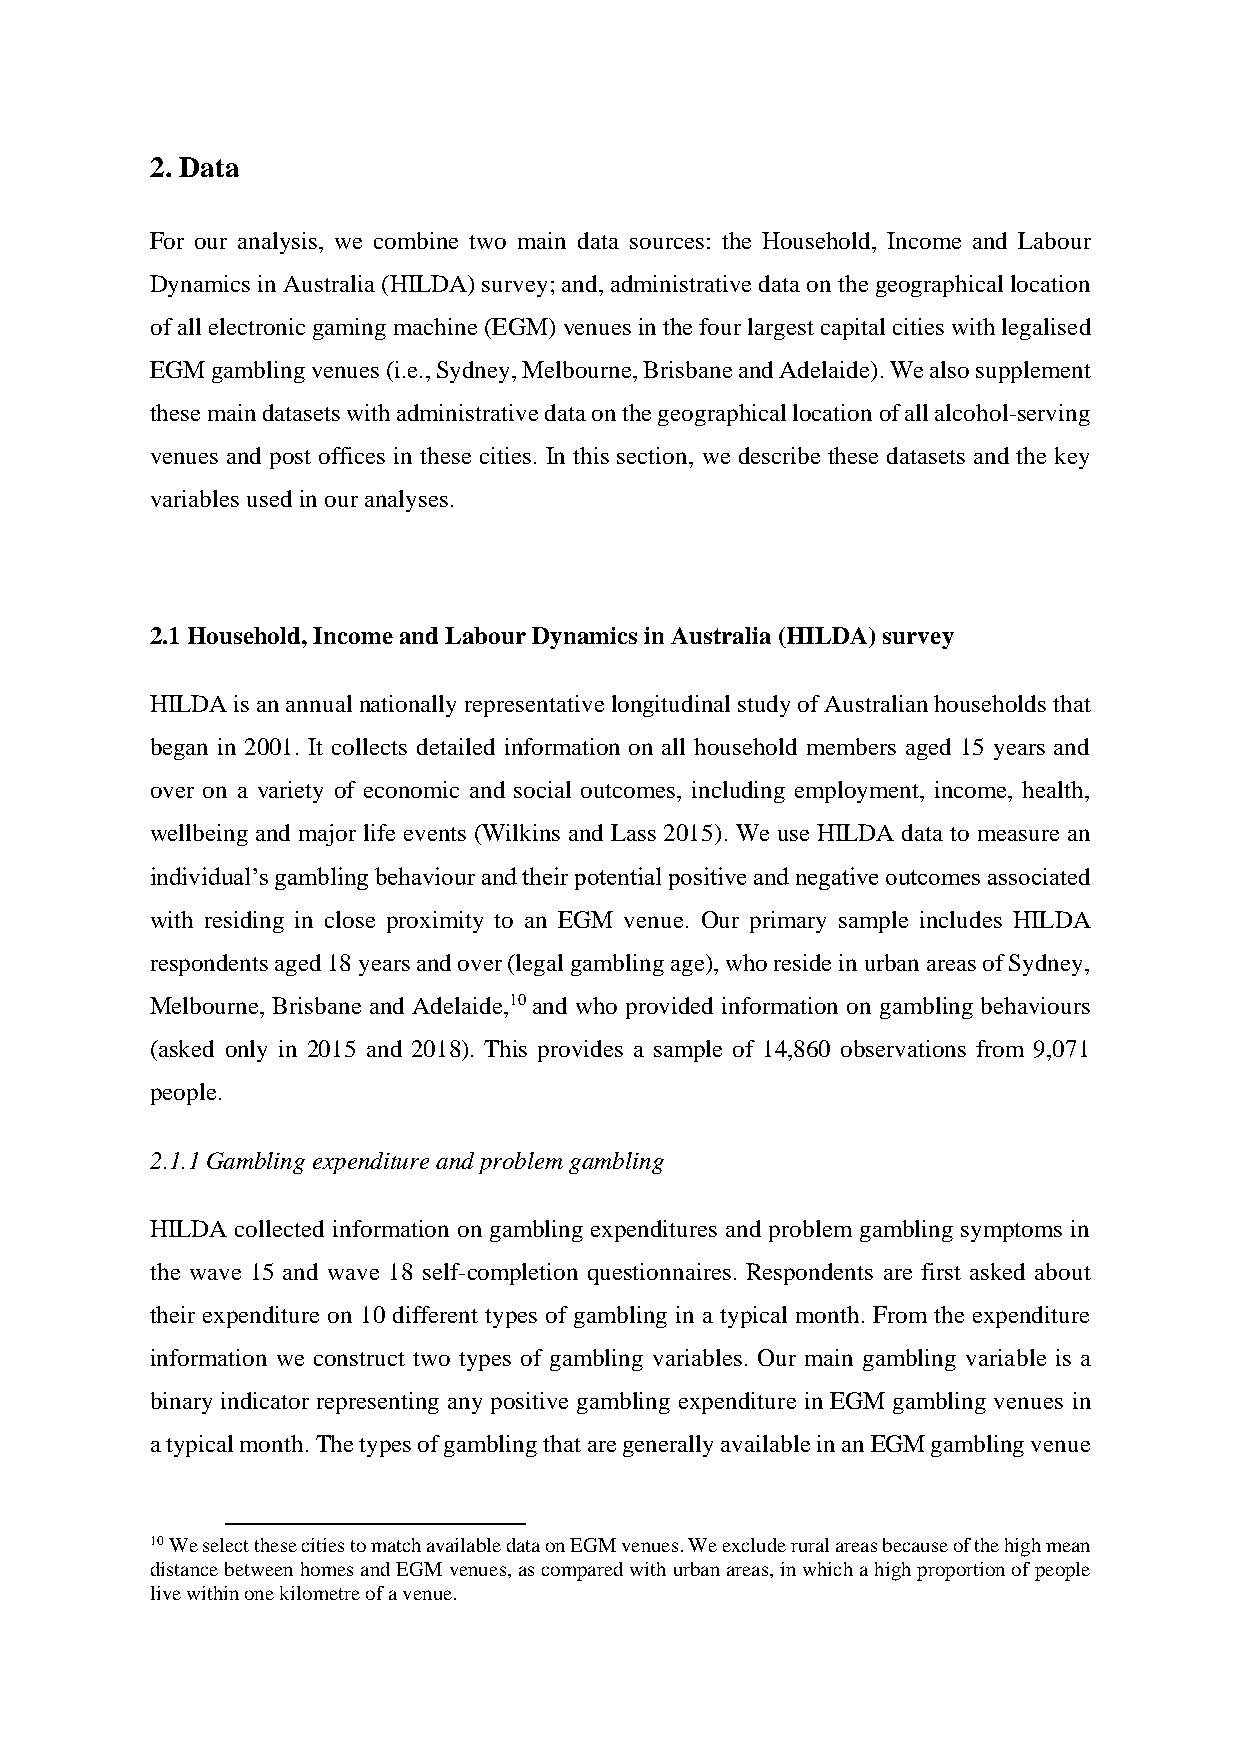
2. Data
 For our analysis, we combine two main data sources: the Household, Income and Labour
 Dynamics in Australia (HILDA) survey; and, administrative data on the geographical location
 of all electronic gaming machine (EGM) venues in the four largest capital cities with legalised
 EGM gambling venues (i.e., Sydney, Melbourne, Brisbane and Adelaide). We also supplement
 these main datasets with administrative data on the geographical location of all alcohol-serving
 venues and post offices in these cities. In this section, we describe these datasets and the key
 variables used in our analyses.
 2.1 Household, Income and Labour Dynamics in Australia (HILDA) survey
 HILDA is an annual nationally representative longitudinal study of Australian households that
 began in 2001. It collects detailed information on all household members aged 15 years and
 over on a variety of economic and social outcomes, including employment, income, health,
 wellbeing and major life events (Wilkins and Lass 2015). We use HILDA data to measure an
 individual’s gambling behaviour and their potential positive and negative outcomes associated
 with residing in close proximity to an EGM venue. Our primary sample includes HILDA
 respondents aged 18 years and over (legal gambling age), who reside in urban areas of Sydney,
 Melbourne, Brisbane and Adelaide,10 and who provided information on gambling behaviours
 (asked only in 2015 and 2018). This provides a sample of 14,860 observations from 9,071
 people.
 2.1.1 Gambling expenditure and problem gambling
 HILDA collected information on gambling expenditures and problem gambling symptoms in
 the wave 15 and wave 18 self-completion questionnaires. Respondents are first asked about
 their expenditure on 10 different types of gambling in a typical month. From the expenditure
 information we construct two types of gambling variables. Our main gambling variable is a
 binary indicator representing any positive gambling expenditure in EGM gambling venues in
 a typical month. The types of gambling that are generally available in an EGM gambling venue
 10 We select these cities to match available data on EGM venues. We exclude rural areas because of the high mean
 distance between homes and EGM venues, as compared with urban areas, in which a high proportion of people
 live within one kilometre of a venue.